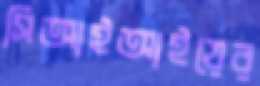
সিআইআইয়ের